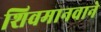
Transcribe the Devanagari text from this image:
शिवमानवाने